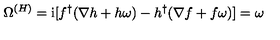
\Omega ^ { ( H ) } = \mathrm { i } [ f ^ { \dagger } ( \nabla h + h \omega ) - h ^ { \dagger } ( \nabla f + f \omega ) ] = \omega